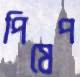
পিষেপ